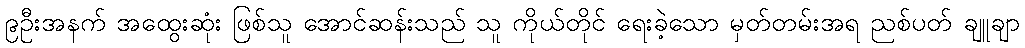
၉ဦးအနက် အထွေးဆုံး ဖြစ်သူ အောင်ဆန်းသည် သူ ကိုယ်တိုင် ရေးခဲ့သော မှတ်တမ်းအရ ညစ်ပတ် ချူချာ